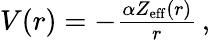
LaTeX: \begin{array}{r}{V(r)=-\frac{\alpha Z_{\mathrm{eff}}(r)}{r}\, ,}\end{array}